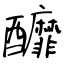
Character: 釄